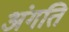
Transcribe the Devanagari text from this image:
अंगति